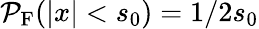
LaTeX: \mathcal{P}_{\mathrm{F}}(|x|<s_{0})=1/2s_{0}